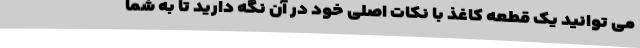
می توانید یک قطعه کاغذ با نکات اصلی خود در آن نگه دارید تا به شما